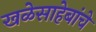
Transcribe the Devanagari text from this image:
खळेसाहेबांचे